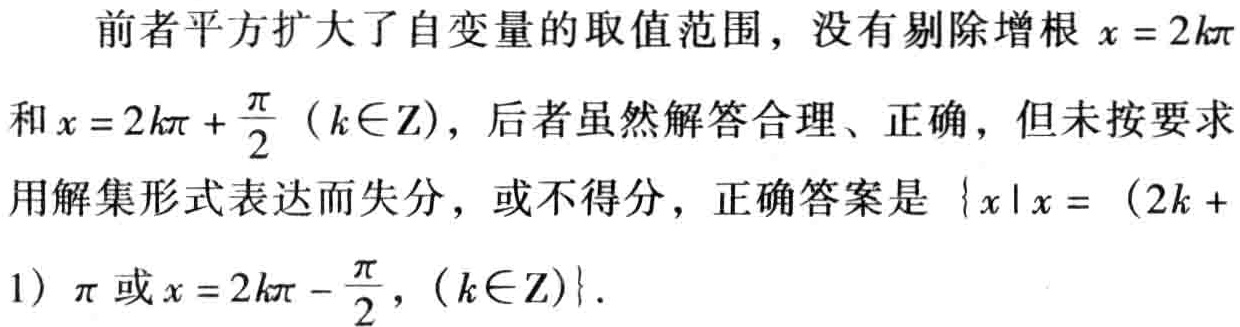
前者平方扩大了自变量的取值范围，没有剔除增根\(x = 2k\pi\)
和\(x = 2k\pi + \frac{\pi}{2}（k\in\mathrm{Z}）\)，后者虽然解答合理、正确，但未按要求
用解集形式表达而失分，或不得分，正确答案是\(\{x\mid x = （2k +
1）\pi或x = 2k\pi - \frac{\pi}{2}，(k\in\mathrm{Z})\}\)。